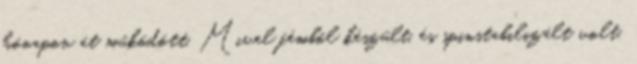
hónapon át működött. Mivel fémből készült, és spinstabilizált volt,